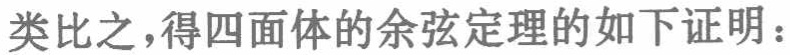
类比之，得四面体的余弦定理的如下证明：